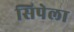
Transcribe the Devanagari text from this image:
सिपेला